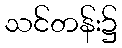
သင်တန်း၌